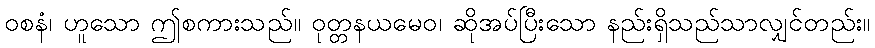
ဝစနံ၊ ဟူသော ဤစကားသည်။ ဝုတ္တနယမေဝ၊ ဆိုအပ်ပြီးသော နည်းရှိသည်သာလျှင်တည်း။